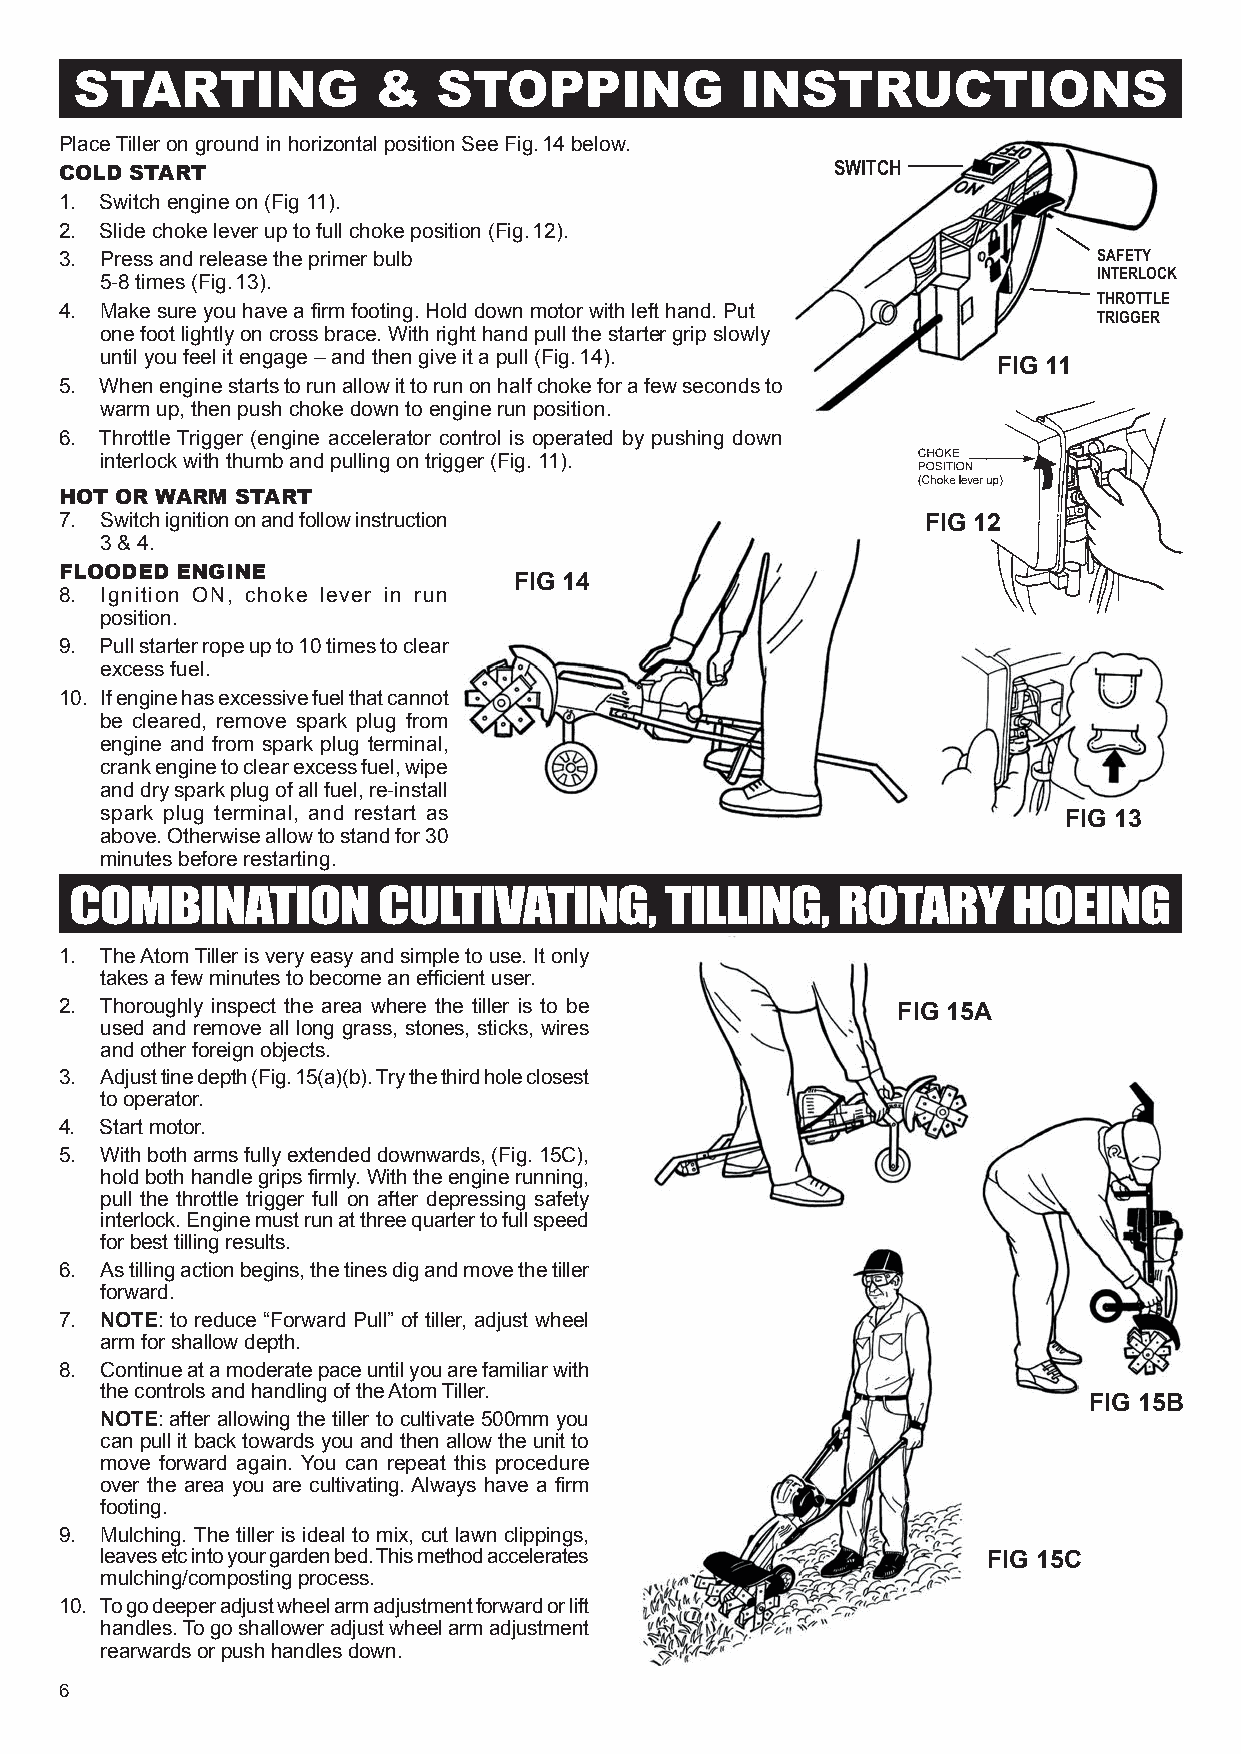
STARTING            &   STOPPING            INSTRUCTIONS
 Place Tiller on ground in horizontal position See Fig. 14 below.
 COLD START                                         SWITCH
 1. Switch engine on (Fig 11).
 2. Slide choke lever up to full choke position (Fig. 12).
 3. Press and release the primer bulb                                 SAFETY
 INTERLOCK
 5-8 times (Fig. 13).
 THROTTLE
 4. Make sure you have a firm footing. Hold down motor with left hand. Put
 TRIGGER
 one foot lightly on cross brace. With right hand pull the starter grip slowly
 until you feel it engage – and then give it a pull (Fig. 14).
 FIG 11
 5. When engine starts to run allow it to run on half choke for a few seconds to
 warm up, then push choke down to engine run position.
 6. Throttle Trigger (engine accelerator control is operated by pushing down
 interlock with thumb and pulling on trigger (Fig. 11).
 HOT OR WARM START
 7. Switch ignition on and follow instruction             FIG 12
 3 & 4.
 FLOODED ENGINE
 FIG 14
 8. Ignition ON, choke lever in run
 position.
 9. Pull starter rope up to 10 times to clear
 excess fuel.
 10. If engine has excessive fuel that cannot
 be cleared, remove spark plug from
 engine and from spark plug terminal,
 crank engine to clear excess fuel, wipe
 and dry spark plug of all fuel, re-install
 spark plug terminal, and restart as                            FIG 13
 above. Otherwise allow to stand for 30
 minutes before restarting.
 COMBINATION         CULTIVATING,       TILLING,   ROTARY      HOEING
 1. The Atom Tiller is very easy and simple to use. It only
 takes a few minutes to become an efficient user.
 2. Thoroughly inspect the area where the tiller is to be FIG 15A
 used and remove all long grass, stones, sticks, wires
 and other foreign objects.
 3. Adjust tine depth (Fig. 15(a)(b). Try the third hole closest
 to operator.
 4. Start motor.
 5. With both arms fully extended downwards, (Fig. 15C),
 hold both handle grips firmly. With the engine running,
 pull the throttle trigger full on after depressing safety
 interlock. Engine must run at three quarter to full speed
 for best tilling results.
 6. As tilling action begins, the tines dig and move the tiller
 forward.
 7. NOTE: to reduce “Forward Pull” of tiller, adjust wheel
 arm for shallow depth.
 8. Continue at a moderate pace until you are familiar with
 the controls and handling of the Atom Tiller.
 FIG 15B
 NOTE: after allowing the tiller to cultivate 500mm you
 can pull it back towards you and then allow the unit to
 move forward again. You can repeat this procedure
 over the area you are cultivating. Always have a firm
 footing.
 9. Mulching. The tiller is ideal to mix, cut lawn clippings,
 leaves etc into your garden bed. This method accelerates  FIG 15C
 mulching/composting process.
 10. To go deeper adjust wheel arm adjustment forward or lift
 handles. To go shallower adjust wheel arm adjustment
 rearwards or push handles down.
 6